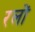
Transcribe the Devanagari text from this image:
रलों